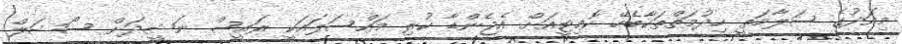
މިއަދުގެ ސަލާމަތީ ހިދުމަތްތަކާބެހޭ ކޮމިޓީއަށް އެޖެންޑާ ކުރި މައްސަލައަކީ ރައީސް ނަޝީދަށް ސޯޝަލް